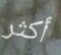
أكثر